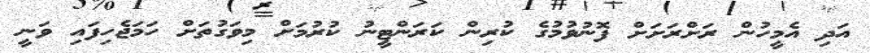
އަދި އެމީހުން ރަށްރަށަށް ފޮނުވުމުގެ ކުރިން ކަރަންޓީނު ކުރުމަށް މިވަގުތަށް ހަމަޖެހިފައި ވަނީ